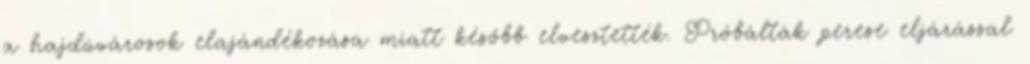
a hajdúvárosok elajándékozása miatt később elvesztették. Próbálták perese eljárással